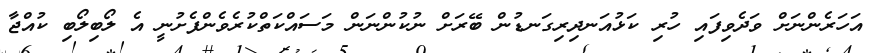
އަހަރެންނަށް ވަދެވިފައި ހުރި ކަޅުއަނދިރިގަނޑުން ބޭރަށް ނުކުންނަން މަސައްކަތްކުރެވެންފެށުނީ އެ ލޯބިލޯބި ކުއްޖާ